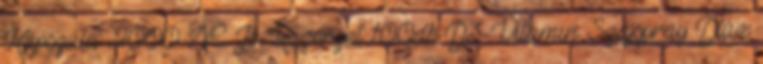
Kapszula 2000 NE Jó Közérzet 100db D3-Vitamin Szájspray Dlux